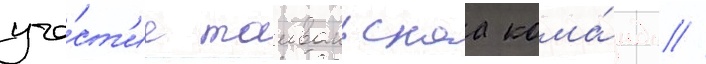
уча́ст'ие таиваньскаа кома́нда //